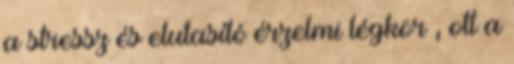
a stressz és elutasító érzelmi légkör , ott a